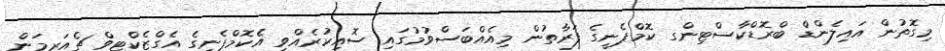
މިގޮތުން އައިލެންޑް ބްރޮޑްކާސްޓިންގ ކޮމްޕެނީގެ ފަރާތުން މިއެއްބަސްވުމުގައި ސޮއިކުރެއްވީ އެކޮމްޕެނީގެ އެގްޒެކްޓިވް ޗެއަރމަން